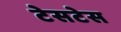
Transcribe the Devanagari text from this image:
टेसटेस